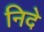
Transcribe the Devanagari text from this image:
निदे